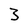
Character: 3